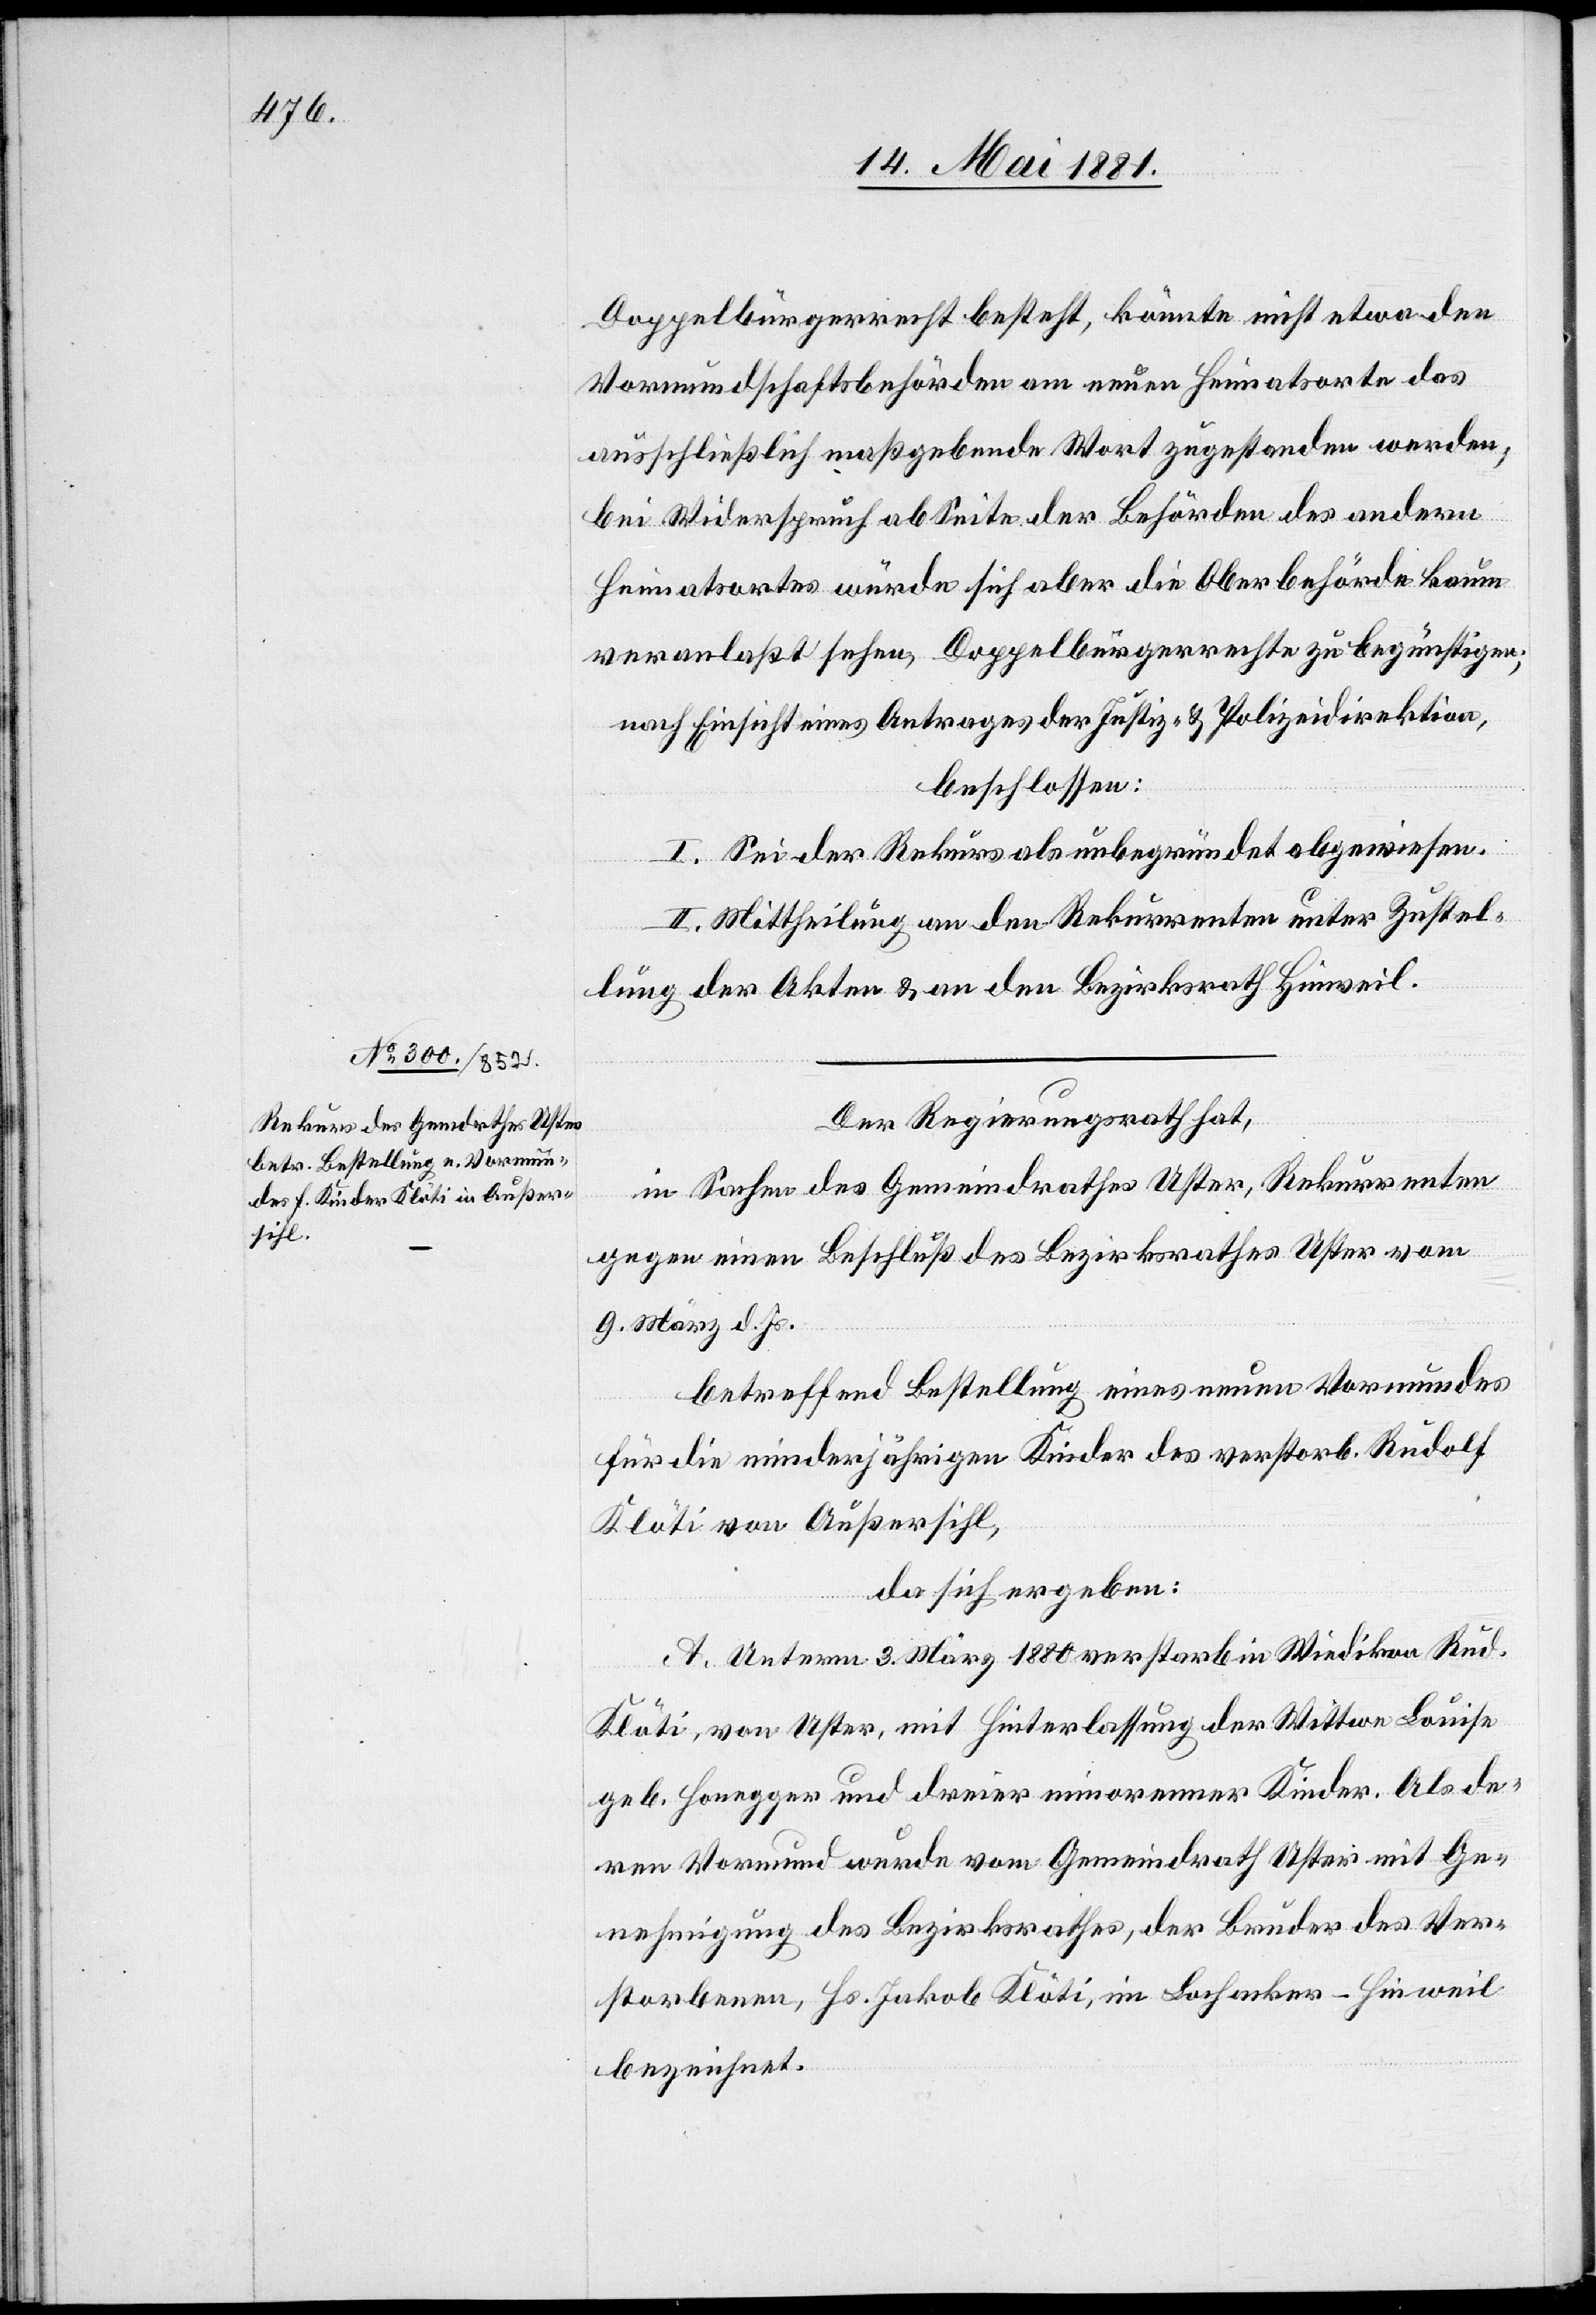
Doppelbürgerrecht besteht, könne nicht etwa den
Vormundschaftsbehörden am neuen Heimatsorte das
ausschließlich maßgebende Wort zugestanden werden;
bei Widerspruch ab Seite der Behörden des andern
Heimatortes würde sich aber die Oberbehörde kaum
veranlaßt sehen, Doppelbürgerrechte zu begünstigen;
nach Einsicht eines Antrages der Justiz- & Polizeidirektion,
beschloßen:
I. Sei der Rekurs als unbegründet abgewiesen.
II. Mittheilung an den Rekurrenten unter Zustel¬
lung der Akten & an den Bezirksrath Hinweil.
Der Regierungsrath hat,
in Sachen des Gemeindrathes Uster, Rekurrentin
gegen einen Beschluß des Bezirksrathes Uster vom
9. März d. Js.
betreffend Bestellung eines neuen Vormundes
für die minderjährigen Kinder des verstorb. Rudolf
Köti von Außersihl,
da sich ergeben:
A. Unterm 3. März 1880 verstarb in Wiedikon Rud.
Klöti, von Uster, mit Hinterlassung der Wittwe Louise
geb. Honegger und dreier minorenner Kinder. Als de¬
ren Vormund wurde vom Gemeindrath Uster mit Ge¬
nehmigung des Bundesrathes, der Bruder des Ver¬
storbenen, Hs. Jakob Klöti, im Lochacker - Hinweil
bezeichnet.